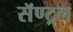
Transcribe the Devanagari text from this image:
सॅण्ट्रल